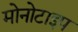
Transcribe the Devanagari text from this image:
मोनोटाइप